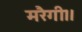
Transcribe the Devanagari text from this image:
मरैगी।।